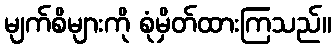
မျက်စိများကို စုံမှိတ်ထားကြသည်။